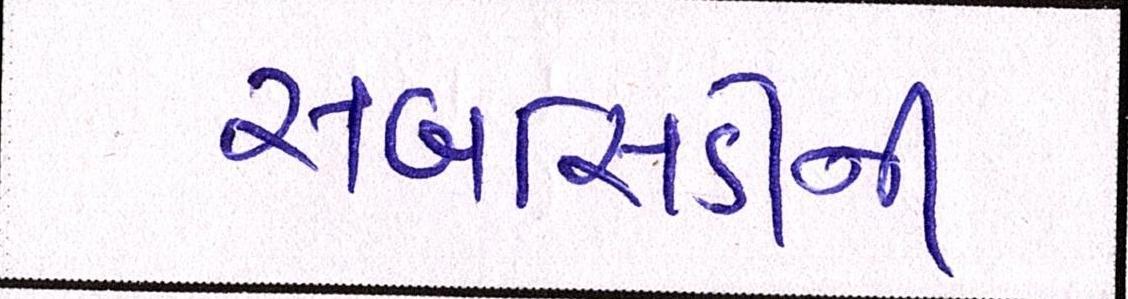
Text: સબસિડીની